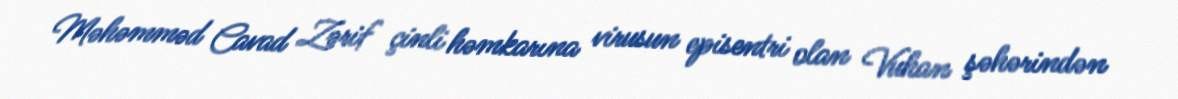
Məhəmməd Cavad Zərif çinli həmkarına virusun episentri olan Vuhan şəhərindən